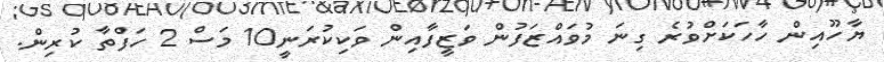
ޔާހޫއިން ހާހަކަށްވުރެ ގިނަ މުވައްޒަފުން ވަޒީފާއިން ވަކިކުރަނީ10 މަސް 2 ހަފްތާ ކުރިން.